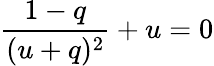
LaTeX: \frac{1-q}{(u+q)^{2}}+u=0